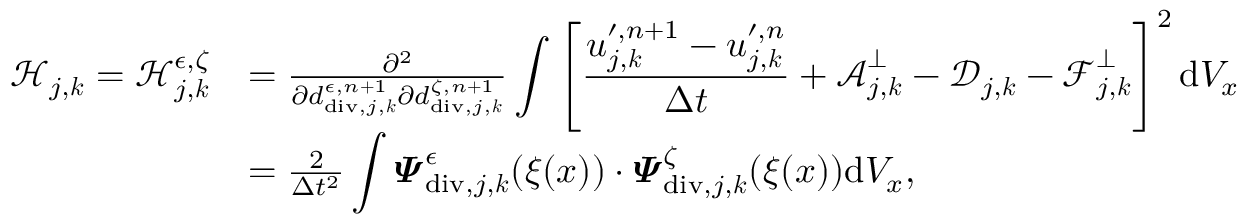
\begin{array} { r l } { \boldsymbol { \mathcal { H } } _ { j , \boldsymbol { k } } = \mathcal { H } _ { j , \boldsymbol { k } } ^ { \epsilon , \zeta } } & { = \frac { \partial ^ { 2 } } { \partial d _ { \mathrm { d i v } , j , \boldsymbol { k } } ^ { \epsilon , n + 1 } \partial d _ { \mathrm { d i v } , j , \boldsymbol { k } } ^ { \zeta , n + 1 } } \displaystyle \int \left[ \frac { \boldsymbol { u } _ { j , \boldsymbol { k } } ^ { \prime , n + 1 } - \boldsymbol { u } _ { j , \boldsymbol { k } } ^ { \prime , n } } { \Delta t } + \boldsymbol { \mathcal { A } } _ { j , \boldsymbol { k } } ^ { \bot } - \boldsymbol { \mathcal { D } } _ { j , \boldsymbol { k } } - \boldsymbol { \mathcal { F } } _ { j , \boldsymbol { k } } ^ { \bot } \right] ^ { 2 } \mathrm { d } V _ { x } } \\ & { = \frac { 2 } { \Delta t ^ { 2 } } \displaystyle \int \boldsymbol { \varPsi } _ { \mathrm { d i v } , j , \boldsymbol { k } } ^ { \epsilon } ( \boldsymbol { \xi } ( \boldsymbol { x } ) ) \cdot \boldsymbol { \varPsi } _ { \mathrm { d i v } , j , \boldsymbol { k } } ^ { \zeta } ( \boldsymbol { \xi } ( \boldsymbol { x } ) ) \mathrm { d } V _ { x } , } \end{array}